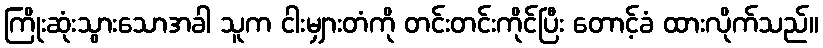
ကြိုးဆုံးသွားသောအခါ သူက ငါးမျှားတံကို တင်းတင်းကိုင်ပြီး တောင့်ခံ ထားလိုက်သည်။